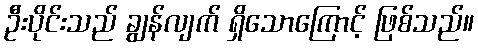
ဦးပိုင်းသည် ချွန်လျက် ရှိသောကြောင့် ဖြစ်သည်။